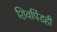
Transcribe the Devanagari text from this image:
शिवपिंडही